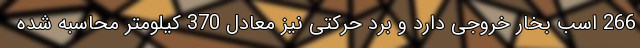
266 اسب بخار خروجی دارد و برد حرکتی نیز معادل 370 کیلومتر محاسبه شده